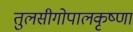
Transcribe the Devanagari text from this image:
तुलसीगोपालकृष्‍णा